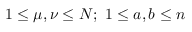
1 \leq \mu , \nu \leq N ; \ 1 \leq a , b \leq n